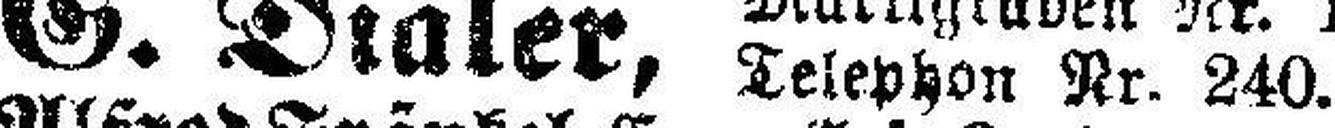
G. Dialer,